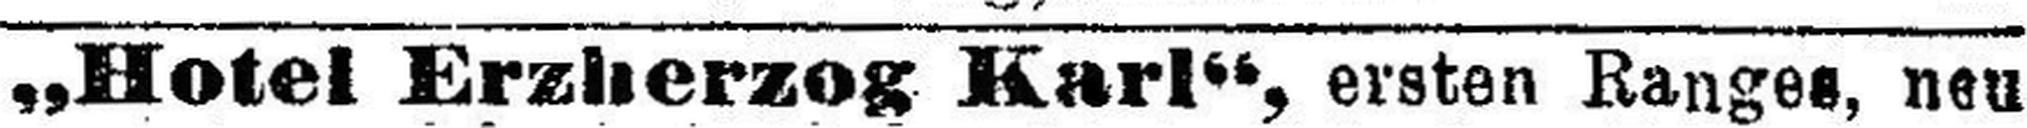
„Hotel Erzherzog Karl“, ersten Ranges, neu